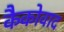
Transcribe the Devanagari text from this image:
कैकोवाद